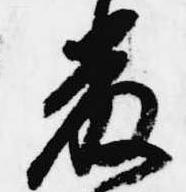
厳